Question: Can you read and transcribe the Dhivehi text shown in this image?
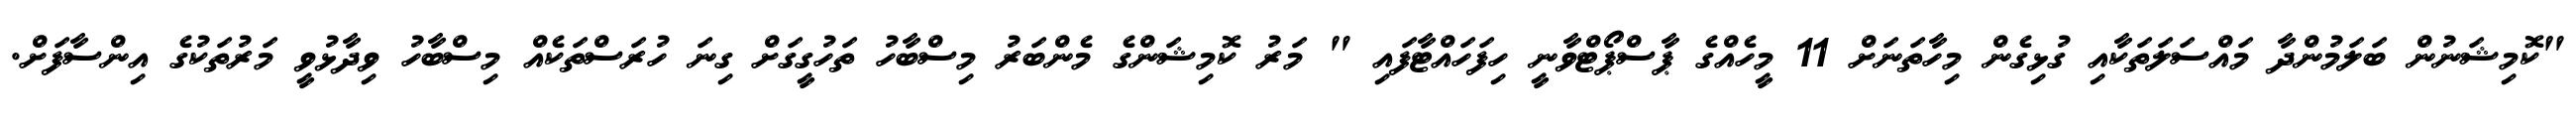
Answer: "ކޮމިޝަނުން ބަލަމުންދާ މައްސަލަތަކާއި ގުޅިގެން މިހާތަނަށް 11 މީހެއްގެ ޕާސްޕޯޓްވާނީ ހިފަހައްޓާފައި " މަރު ކޮމިޝަންގެ މެންބަރު މިސްބާހު ތަހުގީގަށް ގިނަ ހުރަސްތަކެއް މިސްބާހު ވިދާޅުވީ މަރުތަކުގެ އިންސާފަށް.